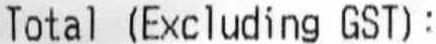
TOTAL (EXCLUDING GST):